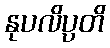
နုပလိပ္ပတိ